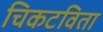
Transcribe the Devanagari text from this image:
चिकटविता